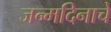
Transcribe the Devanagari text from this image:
जन्‍मदिनाचे